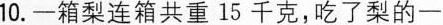
10.一箱梨连箱共重15千克，吃了梨的一